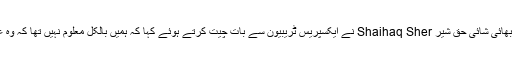
لیفٹیننٹ بالاچ کے 25 سالہ بھائی شائی حق شیر Shaihaq Sher نے ایکسپریس ٹریبیون سے بات چیت کرتے ہوئے کہا کہ ہمیں بالکل معلوم نہیں تھا کہ وہ عید پر گھر واپس آرہے تھے۔